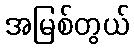
အမြစ်တွယ်